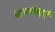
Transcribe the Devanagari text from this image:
पाककर्ता